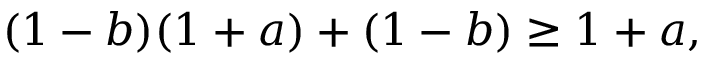
( 1 - b ) ( 1 + a ) + ( 1 - b ) \geq 1 + a ,